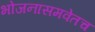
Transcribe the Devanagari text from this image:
भोजनासमवेतच